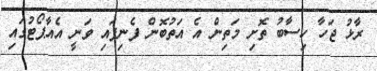
ރާޅު ޖަހާ ހިސާބު ތޮށި މަތިން އެ އަތުބޮން ފެނިފައި ވަނީ އެއާޕޯޓުގައި